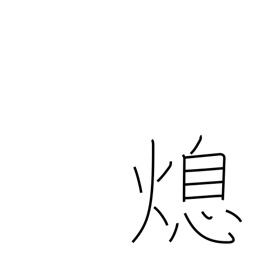
Meaning: cessation